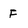
Character: F